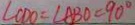
\angle C D O = \angle A B O = 9 0 ^ { \circ }